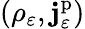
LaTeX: (\rho_{\varepsilon},\mathbf{j}_{\varepsilon}^{\mathrm{p}})